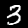
Digit: 3